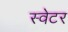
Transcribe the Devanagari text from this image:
स्‍वेटर